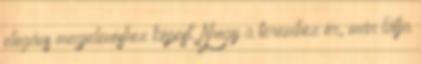
elegáns megjelenéshez képest. Ahogy a teremhez ér, már látja